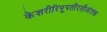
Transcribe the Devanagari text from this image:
केशरीरिपूपतीरतीअंतक